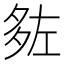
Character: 𡖠